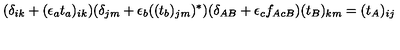
( \delta _ { i k } + ( \epsilon _ { a } t _ { a } ) _ { i k } ) ( \delta _ { j m } + \epsilon _ { b } ( ( t _ { b } ) _ { j m } ) ^ { \ast } ) ( \delta _ { A B } + \epsilon _ { c } f _ { A c B } ) ( t _ { B } ) _ { k m } = ( t _ { A } ) _ { i j }